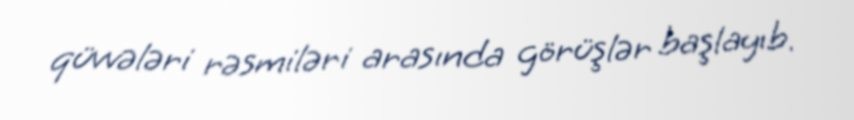
qüvvələri rəsmiləri arasında görüşlər başlayıb.